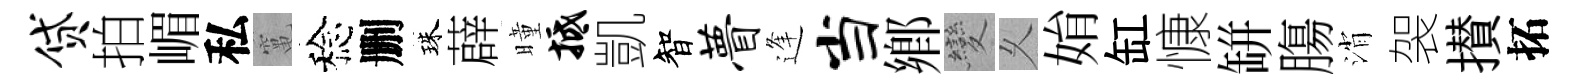
贷拍嵋私𥧄稔删珠薜曈抵凱智瞢逢当鄕變乆姢缸慷缾膓消袈攅拓